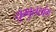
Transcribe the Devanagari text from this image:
युम्बुलखंग